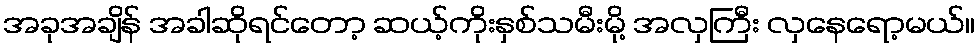
အခုအချိန် အခါဆိုရင်တော့ ဆယ့်ကိုးနှစ်သမီးမို့ အလှကြီး လှနေရော့မယ်။